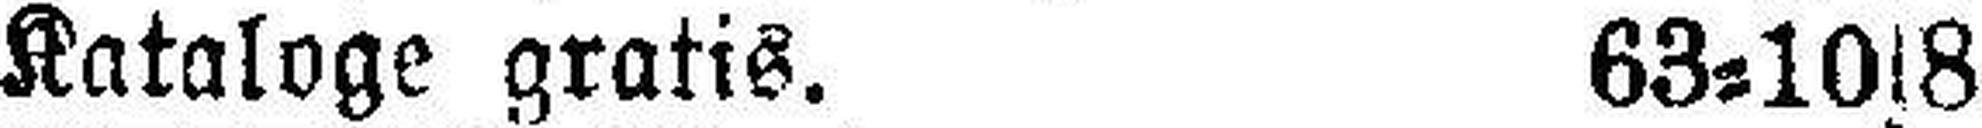
Kataloge gratis. 63=10s8